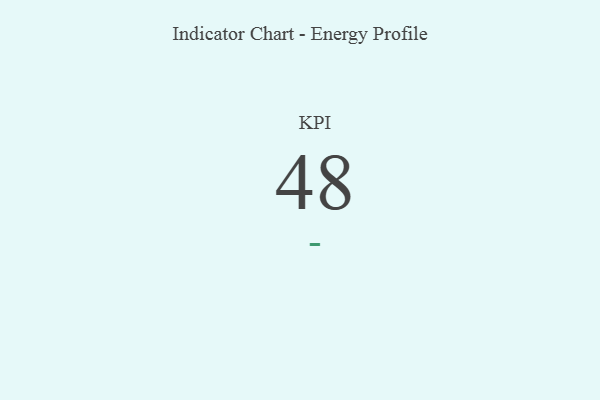
{"axis": {"x": "KPI", "y": "Value"}, "legend": [""], "data": [{"x": "KPI", "y": 48, "type": ""}]}